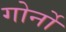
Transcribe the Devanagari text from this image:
गोर्नो